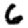
Digit: 6